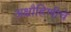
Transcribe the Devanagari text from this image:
अक्षौहिणीचे